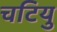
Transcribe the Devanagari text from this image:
चटियु